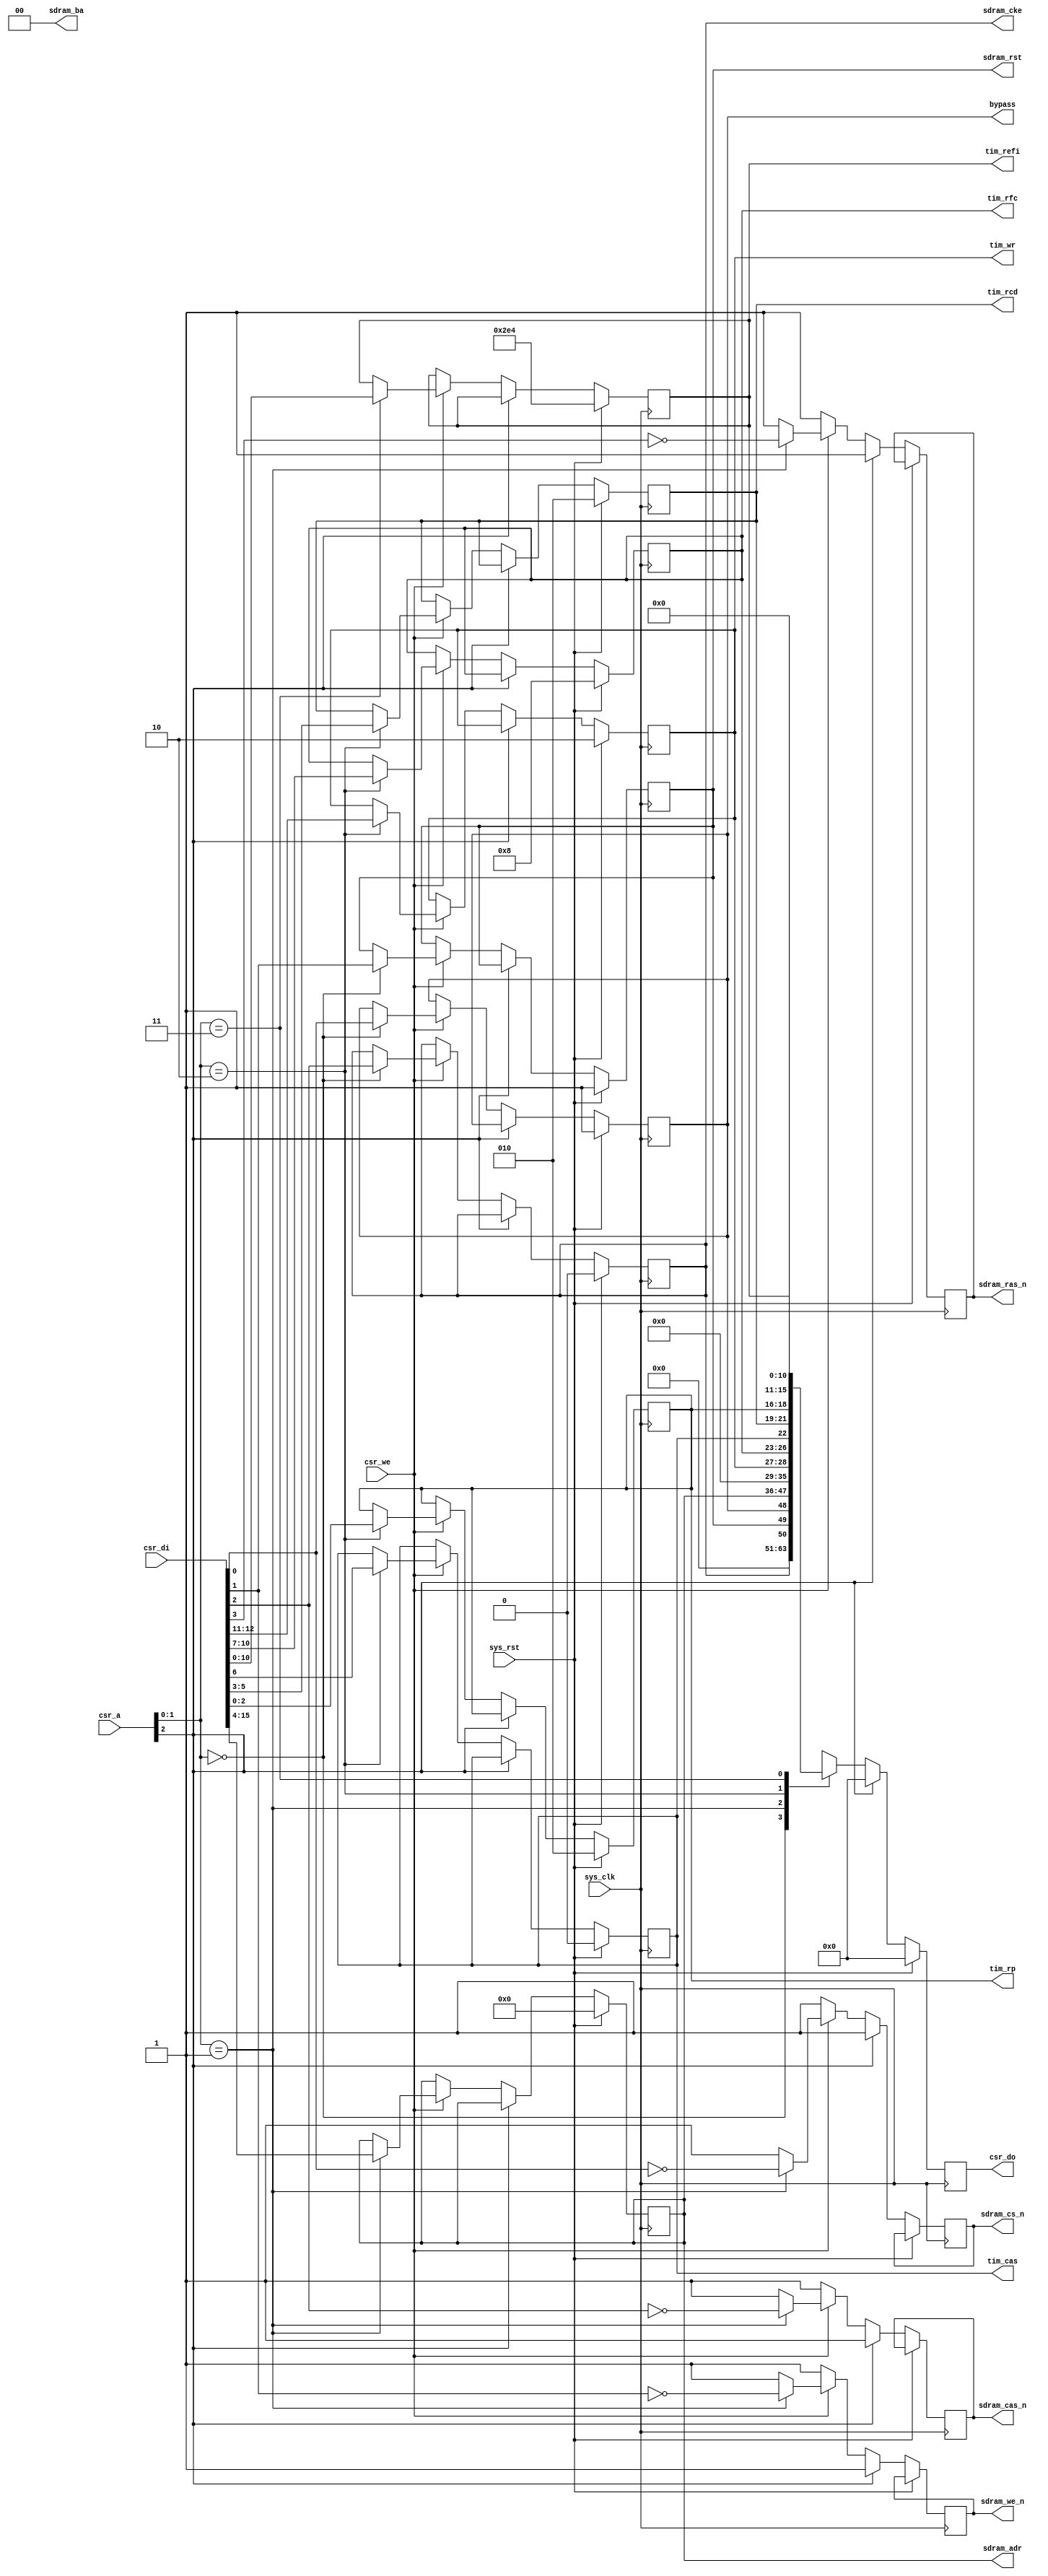
module hpdmc_ctlif_1 #(
	parameter csr_addr = 1'b0
) (
	input sys_clk,
	input sys_rst,
	input      [ 2:0] csr_a,
	input             csr_we,
	input      [15:0] csr_di,
	output reg [15:0] csr_do,
	output reg bypass,
	output reg sdram_rst,
	output reg        sdram_cke,
	output reg        sdram_cs_n,
	output reg        sdram_we_n,
	output reg        sdram_cas_n,
	output reg        sdram_ras_n,
	output reg [11:0] sdram_adr,
	output     [ 1:0] sdram_ba,
	output reg [2:0] tim_rp,
	output reg [2:0] tim_rcd,
	output reg tim_cas,
	output reg [10:0] tim_refi,
	output reg [3:0] tim_rfc,
	output reg [1:0] tim_wr
);
wire csr_selected = csr_a[2] == csr_addr;
assign sdram_ba = 2'b00;
always @(posedge sys_clk) begin
	if(sys_rst) begin
		csr_do <= 32'd0;
		bypass <= 1'b1;
		sdram_rst <= 1'b1;
		sdram_cke <= 1'b0;
		sdram_adr <= 13'd0;
		tim_rp <= 3'd2;
		tim_rcd <= 3'd2;
		tim_cas <= 1'b0;
		tim_refi <= 11'd740;
		tim_rfc <= 4'd8;
		tim_wr <= 2'd2;
	end else begin
		sdram_cs_n <= 1'b1;
		sdram_we_n <= 1'b1;
		sdram_cas_n <= 1'b1;
		sdram_ras_n <= 1'b1;
		csr_do <= 32'd0;
		if(csr_selected) begin
			if(csr_we) begin
				case(csr_a[1:0])
					2'b00: begin
						bypass <= csr_di[0];
						sdram_rst <= csr_di[1];
						sdram_cke <= csr_di[2];
					end
					2'b01: begin
						sdram_cs_n <= ~csr_di[0];
						sdram_we_n <= ~csr_di[1];
						sdram_cas_n <= ~csr_di[2];
						sdram_ras_n <= ~csr_di[3];
						sdram_adr <= csr_di[15:4];
					end
					2'b10: begin
						tim_rp <= csr_di[2:0];
						tim_rcd <= csr_di[5:3];
						tim_cas <= csr_di[6];
						tim_rfc <= csr_di[10:7];
						tim_wr <= csr_di[12:11];
					end
          2'b11: begin
						tim_refi <= csr_di[10:0];
          end
				endcase
			end
			case(csr_a[1:0])
				2'b00: csr_do <= {sdram_cke, sdram_rst, bypass};
				2'b01: csr_do <= {sdram_adr, 4'h0};
				2'b10: csr_do <= {tim_wr, tim_rfc, tim_cas, tim_rcd, tim_rp};
        2'b11: csr_do <= {5'd0, tim_refi};
			endcase
		end
	end
end
endmodule